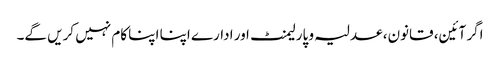
اگر آئین، قانون، عدلیہ و پارلیمنٹ ا ور ادارے اپنا اپنا کام نہیں کریں گے۔